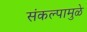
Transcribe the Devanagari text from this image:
संकल्पामुळे